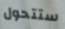
ستتحول